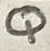
Text: Q